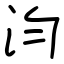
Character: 汮